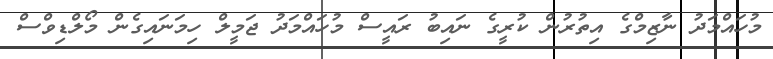
މުހައްމަދު ނާޒިމްގެ އިތުރުން ކުރީގެ ނައިބު ރައީސް މުހައްމަދު ޖަމީލް ހިމަނައިގެން މޯލްޑިވްސް